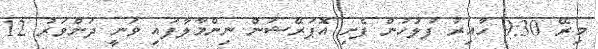
މިރޭ 9:30 ހާއިރު ފުލުހުން ފެށި އޮޕަރޭޝަން ނިންމާލާފައި ވަނީ ދަންވަރު 12